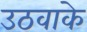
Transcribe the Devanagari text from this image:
उठवाके